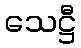
သေဋ္ဌီ